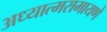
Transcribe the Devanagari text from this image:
अध्यात्मरामायणे